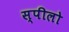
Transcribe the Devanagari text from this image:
स्पीलो